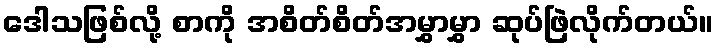
ဒေါသဖြစ်လို့ စာကို အစိတ်စိတ်အမွှာမွှာ ဆုပ်ဖြဲလိုက်တယ်။